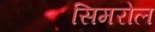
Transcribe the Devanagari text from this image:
सिमरोल